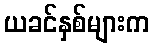
ယခင်နှစ်များက